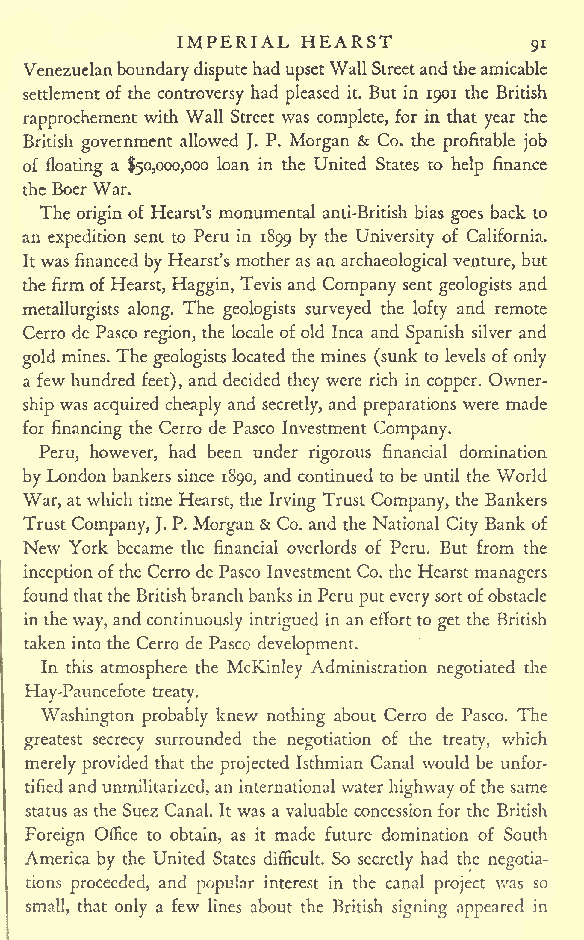
IMPERIAL HEARST
 91
 Venezuelanboundarydisputehad upsetWallStreetandtheamicable
 settlement of the controversy had pleased it. But in 1901 the British
 rapprochement with Wall Street was complete, for in that year the
 British government allowed J. P. Morgan & Co. the profitable job
 of floating a $50,000,000 loan in the United States to help finance
 the BoerWar.
 The origin of Hearst's monumental anti-British bias goes back to
 an expedition sent to Peru in 1899 by the University of California.
 Itwasfinanced byHearst's mother asan archaeological venture, but
 the firmofHearst, Haggin, Tevis and Company sent geologists and
 metallurgists along. The geologists surveyed the lofty and remote
 Cerro de Pasco region, the locale ofold Inca and Spanish silver and
 gold mines. The geologists located the mines (sunk to levelsof only
 a few hundred feet), and decided they were rich in copper. Owner-
 was        and    and      were made
 ship acquired cheaply secretly, preparations
 for financing the Cerro de Pasco Investment Company.
 Peru, however, had been under rigorous financial domination
 byLondon bankers since 1890, and continued to be until the World
 War,at which time Hearst, the Irving Trust Company, the Bankers
 Trust Company, J.P. Morgan& Co. and the National City Bank of
 New York became the financial overlords of Peru. But from the
 inceptionofthe Cerro de Pasco Investment Co. the Hearst managers
 foundthattheBritishbranchbanksinPeru puteverysortofobstacle
 inthe way, and continuously intrigued in an effort to get the British
 takeninto the Cerro de Pasco development.
 In this atmosphere the McKinley Administration negotiated the
 Hay-Pauncefote treaty.
 Washington probably knew nothing about Cerro de Pasco. The
 greatest secrecy surrounded the negotiation of the treaty, which
 merely provided that the projected Isthmian Canal would be unfor-
 tifiedandunmilitarized,aninternational waterhighwayof the same
 status as the Suez Canal. It was a valuable concession for the British
 Foreign Office to obtain, as it made future domination of South
 America by the United States difficult. So secretly had the negotia-
 tions proceeded, and popular interest in the canal project was so
 small, that only a few lines about the British signing appeared in